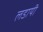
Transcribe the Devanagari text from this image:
लडायी